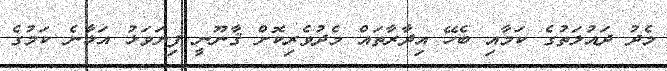
މެދު ދައުލަތުގެ ކަމާއި ބެހޭ އިދާރާތައް މެދުވެރިކޮށް ޤާނޫނީ ފިޔަވަޅު އަޅާނެ ކަމުގެ